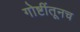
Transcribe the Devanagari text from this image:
गोष्टींतूनच